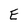
Character: E